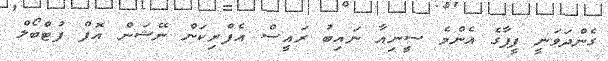
ގެންދަވަނީ ފީފާގެ އެންމެ ސީނިއާ ނައިބު ރައީސް އެފްރިކަން ނޭޝަން އޮފް ފުޓްބޯލް